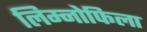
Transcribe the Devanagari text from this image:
लिम्नोफिला